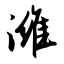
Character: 潍